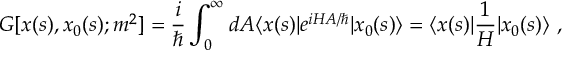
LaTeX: G [ x ( s ) , x _ { 0 } ( s ) ; m ^ { 2 } ] = { \frac { i } { \hbar } } \int _ { 0 } ^ { \infty } d A \langle x ( s ) | e ^ { i H A / \hbar } | x _ { 0 } ( s ) \rangle = \langle x ( s ) | { \frac { 1 } { H } } | x _ { 0 } ( s ) \rangle \ ,